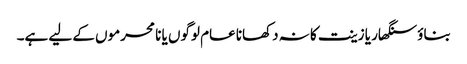
بناؤ سنگھار یا زینت کا نہ دکھانا عام لوگوں یا نا محرموں کے لیے ہے۔